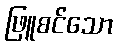
ဖြူစင်သော